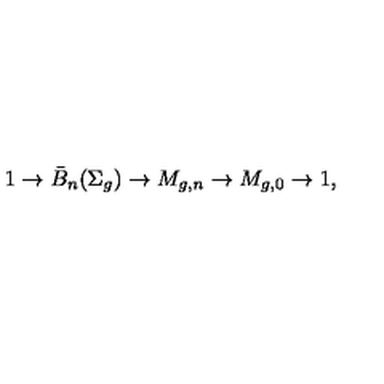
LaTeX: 1 \to \bar { B } _ { n } ( \Sigma _ { g } ) \to M _ { g , n } \to M _ { g , 0 } \to 1 ,